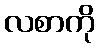
လစာကို